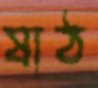
ষাঠ